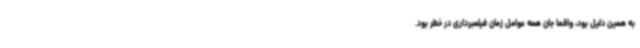
به همین دلیل بود، واقعا جان همه عوامل زمان فیلمبرداری در خطر بود.